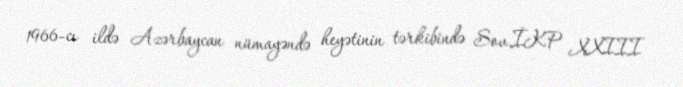
1966-cı ildə Azərbaycan nümayəndə heyətinin tərkibində Sov.İKP XXIII